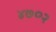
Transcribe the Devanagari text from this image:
४७०२